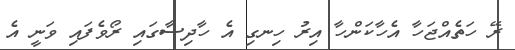
ރޭ ހަތެއްޖަހާ އެހާކަންހާ އިރު ހިނގި އެ ހާދިސާގައި ރޯވެފައި ވަނީ އެ